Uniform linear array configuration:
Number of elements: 4
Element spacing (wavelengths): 1
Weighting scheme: exponential
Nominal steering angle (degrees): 45
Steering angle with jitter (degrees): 45.305
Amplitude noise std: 0.05
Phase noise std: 0.05

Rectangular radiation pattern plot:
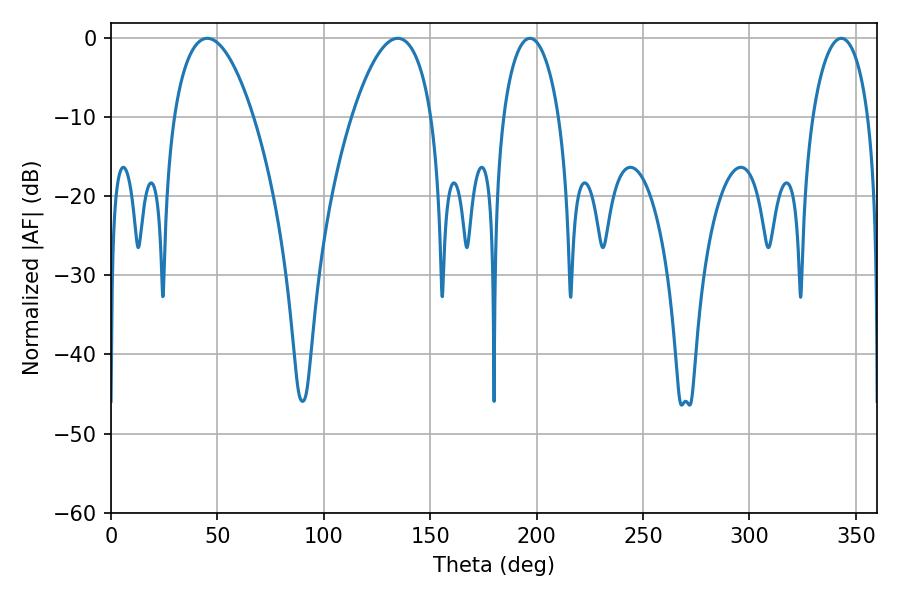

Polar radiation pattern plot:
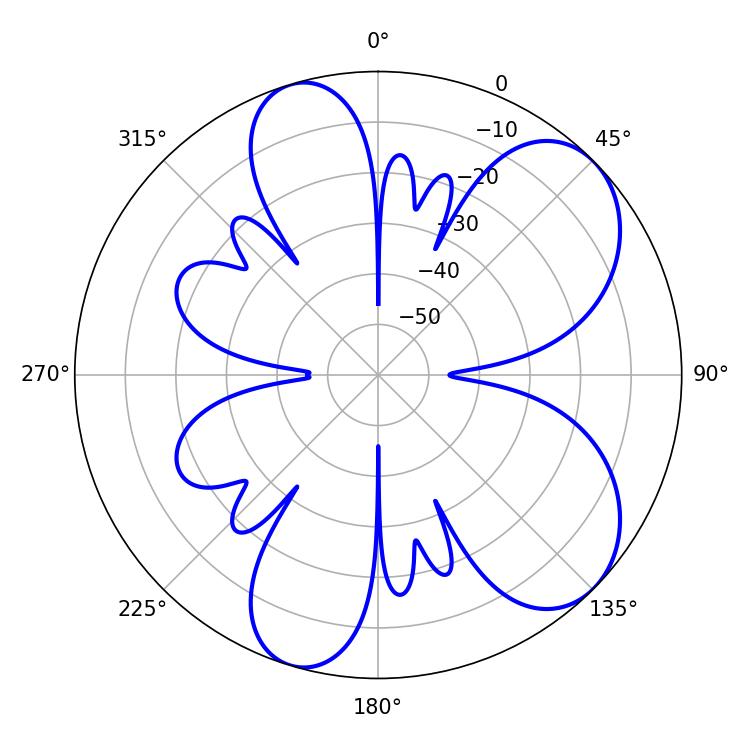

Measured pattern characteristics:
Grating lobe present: TRUE
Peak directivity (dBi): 7.151
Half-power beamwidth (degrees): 20.88
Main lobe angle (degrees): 45.18